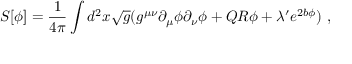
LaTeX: S [ \phi ] = { \frac { 1 } { 4 \pi } } \int d ^ { 2 } x { \sqrt { g } } ( g ^ { \mu \nu } \partial _ { \mu } \phi \partial _ { \nu } \phi + Q R \phi + \lambda ^ { \prime } e ^ { 2 b \phi } ) \ ,